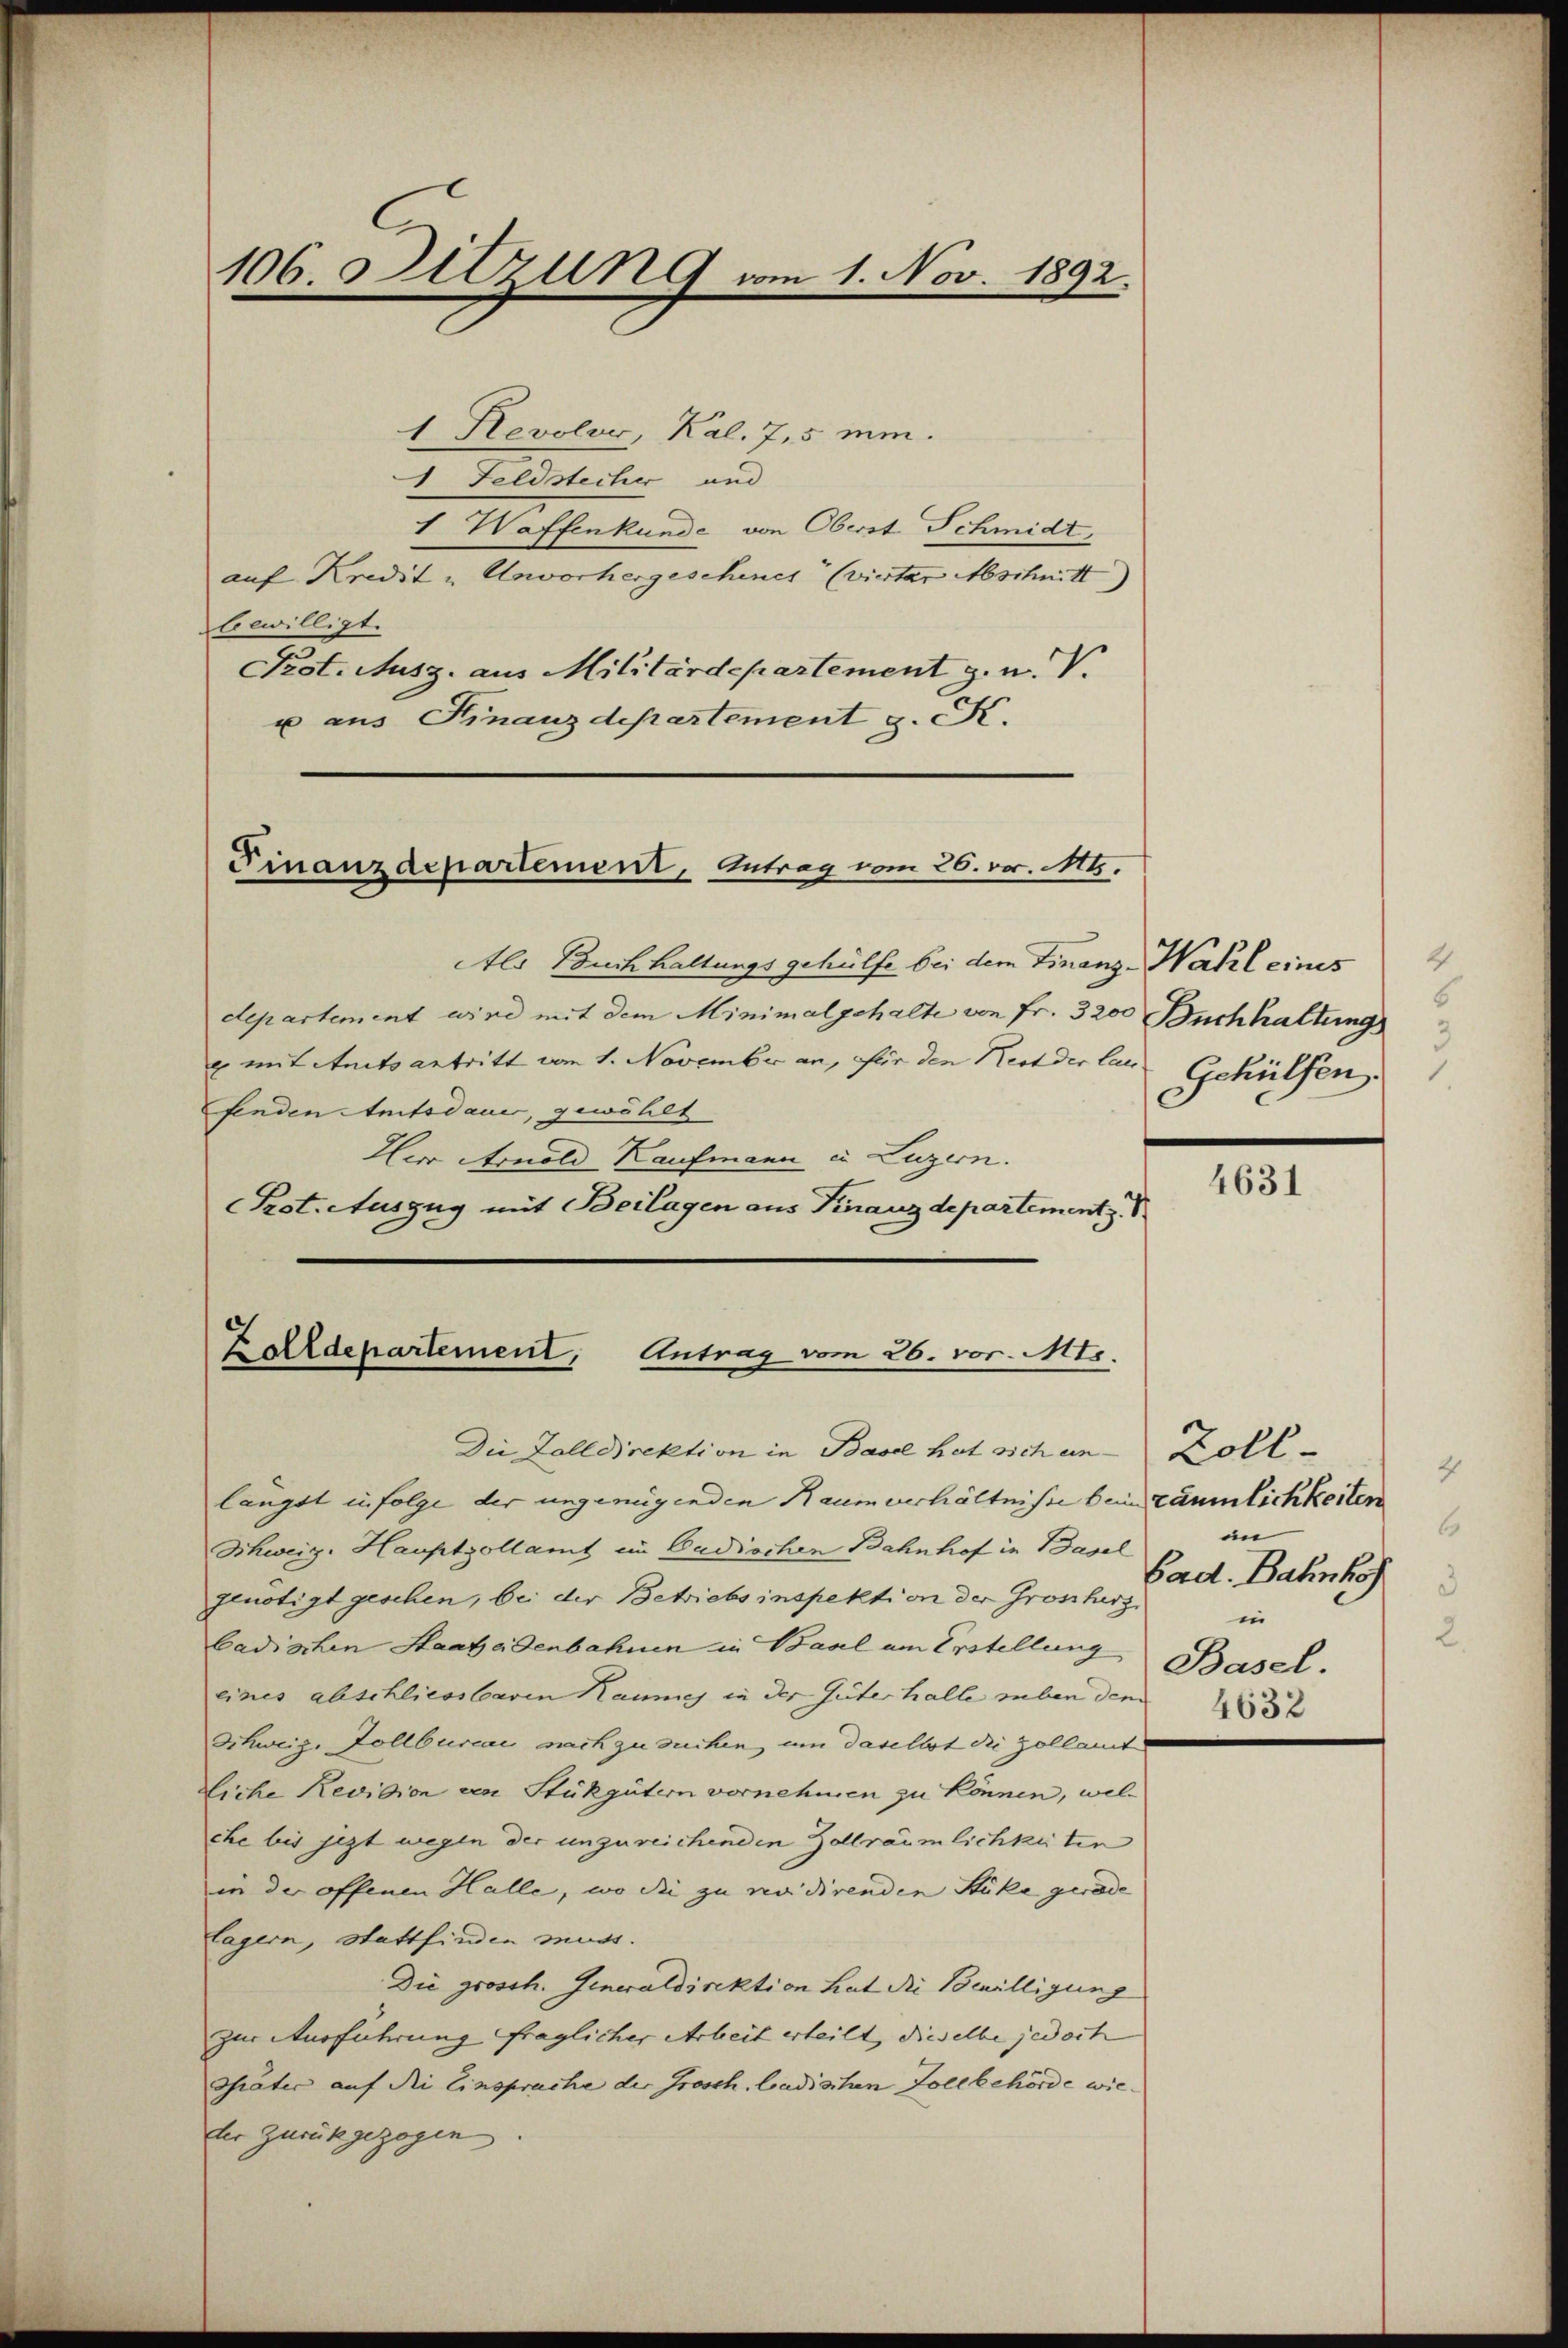
1 Revolus, Kal. 7,5 min.
1 Feldstecher und
1 Waffenkunde von Oberst Schmidt,
auf Kredit u. Unvorhergeschenes (vierter Abschnitt
bewilligt.
Prot. Ausz. aus Militärdepartement z. u. V.
u aus Finanzdepartement z. S.

106. Sitzung vom 1. Nov. 1892.

Finanzdepartement, Antrag vom 26. vor. Mt.

Als Buchhaltungsgehülfe bei dem Finanz-Wahl eines
departement wird mit dem Minimal gehalte von Fr. 3200 Buchhaltung
u mit Amtsantritt vom 1. November an, für den Nest der laus
fenden Amtsdauer, gewählt
Herr Arnold Kaufmann in Luzern.
Prst. Auszug mit Beilagen aus Finanzdepartement z.

Zolldepartement, Antrag vom 26. vor. Mts.

längst in folge der ungenügenden Raum verhältniße bein Räumlichkeiten
Schweiz. Hauptzollamt im Cudischen Bahnhof in Basel
genötigt geschen, bei der Betriebs inspektion der Großherz
badischen Staat eisenbahnen in Baal um Erstellung Basel.
eines abschliessbaren Kaumig in der Güter halle neben dem
Schweiz. Zollburcai nachzusuchen, um daselbst die Zollamte
liche Revision von Stükgütern vornehmen zu können, welche bis jezt wegen der unzureichenden Zollräumlichkeiten
in der offenen Halle, wo die zu revidirenden Stüke gerade
lagern, Stattfinden muss.
Die grossh. Generaldirektion hat die Bewilligung
zur Ausführung fraglicher Arbeit erteilt, dieselbe jedoch
Thäter auf die Einsprache der Grosch badischen Zollbehörde wieder zurückgezogen

Die Zolldirektion in Basel hat sich an Zoll¬

6
3
Gehülfen

4631

in
Bad. Bahnho
a
in
4632